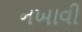
નખાવી